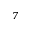
^ { 7 }